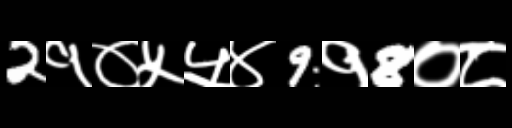
Text: 2१०५५४9१8०८